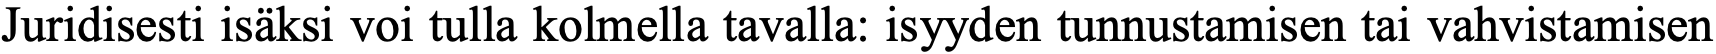
Juridisesti isäksi voi tulla kolmella tavalla: isyyden tunnustamisen tai vahvistamisen